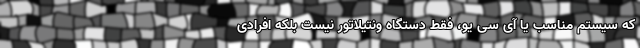
که سیستم مناسب یا آی سی یو، فقط دستگاه ونتیلاتور نیست بلکه افرادی